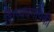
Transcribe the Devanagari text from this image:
शिष्यवर्गापैकी